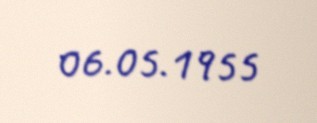
06.05.1955